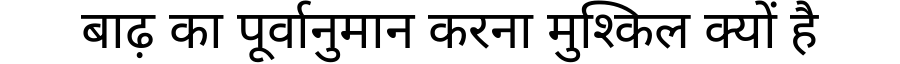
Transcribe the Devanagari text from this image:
बाढ़ का पूर्वानुमान करना मुश्किल क्यों है